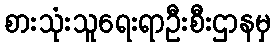
စားသုံးသူရေးရာဦးစီးဌာနမှ